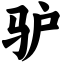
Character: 驴